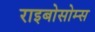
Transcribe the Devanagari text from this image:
राइबोसोम्स